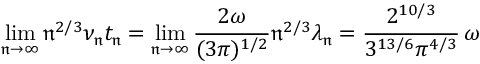
\operatorname* { l i m } _ { \mathfrak { n } \to \infty } \mathfrak { n } ^ { 2 / 3 } \nu _ { \mathfrak { n } } t _ { \mathfrak { n } } = \operatorname* { l i m } _ { \mathfrak { n } \to \infty } \frac { 2 \omega } { ( 3 \pi ) ^ { 1 / 2 } } \mathfrak { n } ^ { 2 / 3 } \lambda _ { \mathfrak { n } } = \frac { 2 ^ { 1 0 / 3 } } { 3 ^ { 1 3 / 6 } \pi ^ { 4 / 3 } } \, \omega